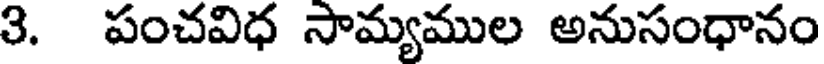
3. పంచవిధ సామ్యముల అనుసంధానం